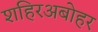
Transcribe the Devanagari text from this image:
शहिरअबोहर